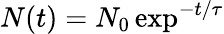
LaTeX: N(t)=N_{0}\exp^{-t/\tau}